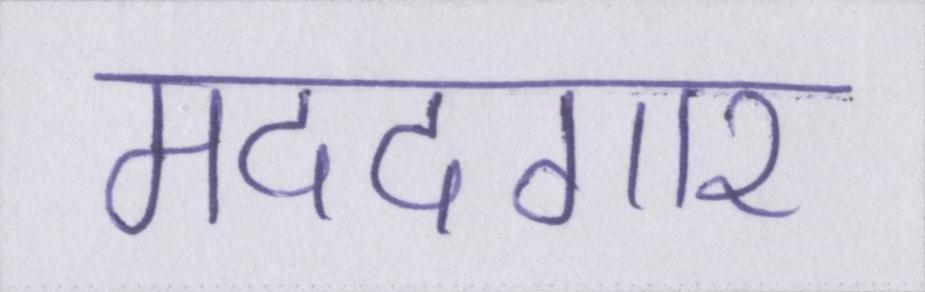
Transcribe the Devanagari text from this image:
मददगार